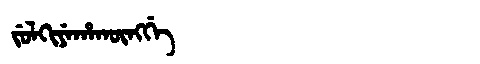
Manchu: ᠵᡠᠯᡴᡳᠶᡝᡥᠠᡴᡡᠩᡤᡝ
Romanization: JULKIYEHAKŪNGGE